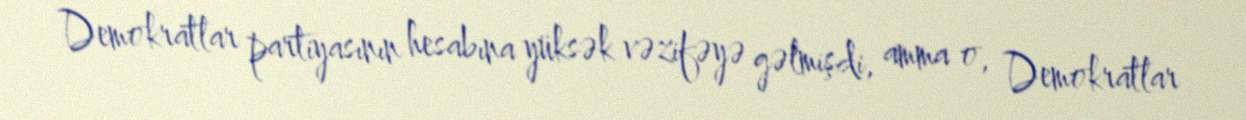
Demokratlar partiyasının hesabına yüksək vəzifəyə gəlmişdi, amma o, Demokratlar